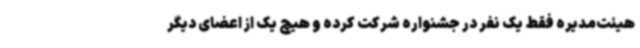
هیئت‌مدیره فقط یک نفر در جشنواره شرکت کرده و هیچ ‌یک از اعضای دیگر